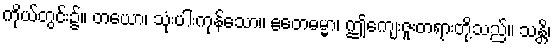
ကိုယ်တွင်း၌။ တယော၊ သုံးပါးကုန်သော။ ဧတေဓမ္မာ၊ ဤကျေးဇူးတရားတို့သည်။ သန္တိ၊